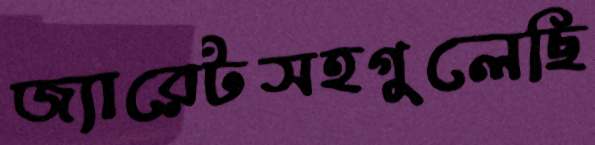
জ্যারেটসহগুলেছি